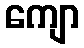
ကျော